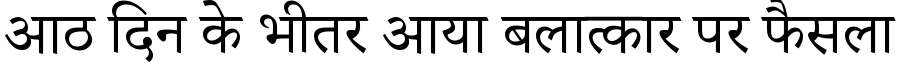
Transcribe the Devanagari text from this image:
आठ दिन के भीतर आया बलात्कार पर फैसला